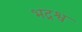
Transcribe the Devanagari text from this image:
भद्रश्व